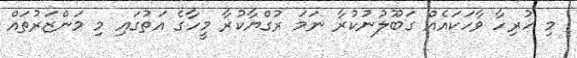
މި ހުރިހާ ވާހަކައެއް ގަބޫލުނުކުރާ ނަމަ ރުގްޔާކުރާ މީހާގެ އަތުގައި މި މަންޒަރުތައް